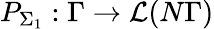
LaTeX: P_{\Sigma_{1}}:\Gamma\to\mathcal{L}(N\Gamma)